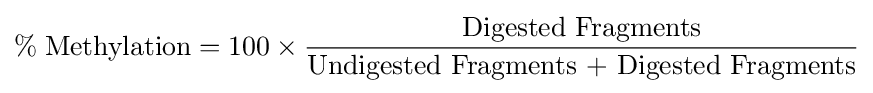
\%\;{\text{Methylation}}=100\times {\frac {\text{Digested Fragments}}{\text{Undigested Fragments + Digested Fragments}}}